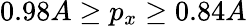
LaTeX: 0.98A\geq p_{x}\geq 0.84A